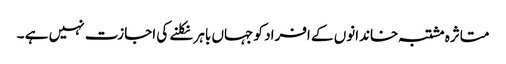
متاثرہ مشتبہ خاندانوں کے افراد کو جہاں باہر نکلنے کی اجازت نہیں ہے ۔